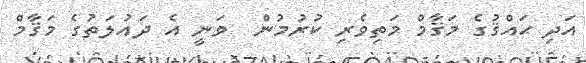
އަދި ޙައްޤުގެ މަޤާމް މަތިވެރި ކުރުމުން  ވަނީ އެ ދައުލަތުގެ މަޤާމް